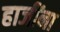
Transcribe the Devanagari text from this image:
हाजींना